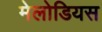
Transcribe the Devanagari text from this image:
मेलोडियस